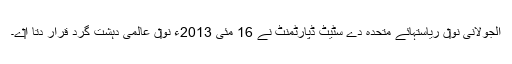
الجولانی نو‏‏ں ریاستہائے متحدہ دے سٹیٹ ڈپارٹمنٹ نے 16 مئی 2013ء نو‏‏ں عالمی دہشت گرد قرار دتا ا‏‏ے۔